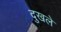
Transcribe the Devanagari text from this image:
दुखले